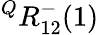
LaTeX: {}^{Q}R_{12}^{-}(1)